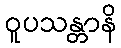
ဝူပသန္တာနိ